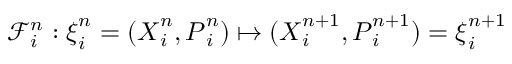
\mathcal { F } _ { i } ^ { n } : \ensuremath { \boldsymbol { \xi } } _ { i } ^ { n } = ( \ensuremath { \boldsymbol { X } } _ { i } ^ { n } , \ensuremath { \boldsymbol { P } } _ { i } ^ { n } ) \mapsto ( \ensuremath { \boldsymbol { X } } _ { i } ^ { n + 1 } , \ensuremath { \boldsymbol { P } } _ { i } ^ { n + 1 } ) = \ensuremath { \boldsymbol { \xi } } _ { i } ^ { n + 1 }